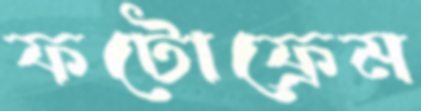
ফটোফ্রেম